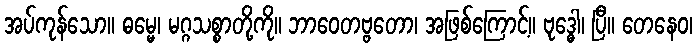
အပ်ကုန်သော။ ဓမ္မေ၊ မဂ္ဂသစ္စာတို့ကို။ ဘာဝေတဗ္ဗတော၊ အဖြစ်ကြောင့်။ ဗုဒ္ဓေါ၊ ပြီ။ တေနေဝ၊